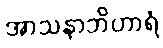
အာသနာဘိဟာရံ